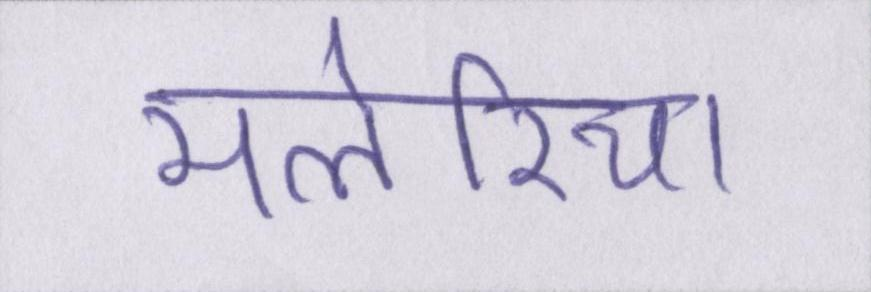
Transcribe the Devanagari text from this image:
मलेरिया